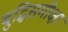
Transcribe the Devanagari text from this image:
बुद्धिसमीक्षा